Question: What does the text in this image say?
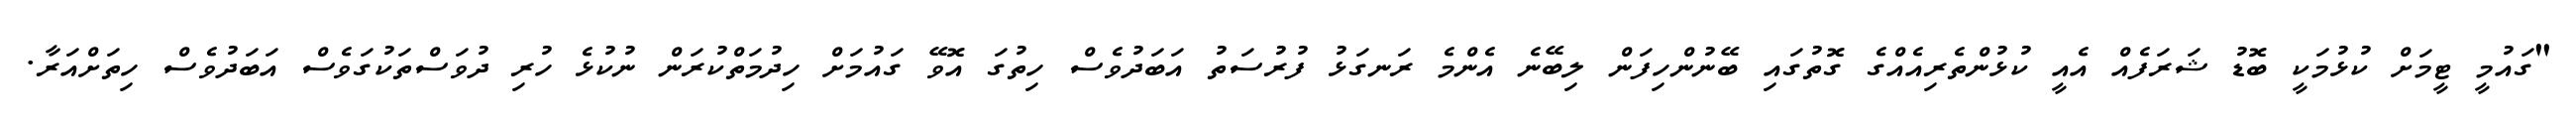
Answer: "ގައުމީ ޓީމަށް ކުޅުމަކީ ބޮޑު ޝަރަފެއް އެއީ ކުޅުންތެރިއެއްގެ ގޮތުގައި ބޭނުންހިފަން ލިބޭނެ އެންމެ ރަނގަޅު ފުރުސަތު އަބަދުވެސް ހިތުގަ އޮވޭ ގައުމަށް ހިދުމަތްކުރަން ނުކުޅެ ހުރި ދުވަސްތަކުގަވެސް އަބަދުވެސް ހިތަށްއަރާ.